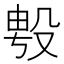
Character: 𭮯